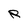
Character: R